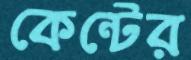
কেন্টের